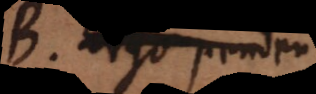
. Ergo pendent